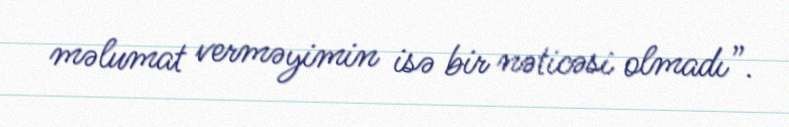
məlumat verməyimin isə bir nəticəsi olmadı”.